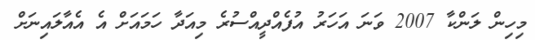
މިހިން ލަންކާ 2007 ވަނަ އަހަރު އުފެއްދީއްސުރެ މިއަދާ ހަމައަށް އެ އެއާލައިނަށް